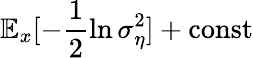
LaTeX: \mathbb{E}_{x}[-\frac{1}{2}\ln\sigma_{\eta}^{2}]+\mathrm{const}